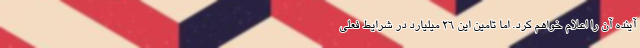
آینده آن را اعلام خواهم کرد. اما تامین این 26 میلیارد در شرایط فعلی